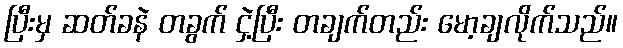
ပြီးမှ ဆတ်ခနဲ တခွက် ငှဲ့ပြီး တချက်တည်း မော့ချလိုက်သည်။